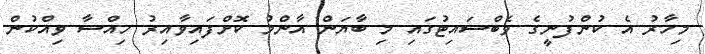
މިހާރު އެ ކުންފުނީގެ ވެބްސައިޓުގައި މި ބާޔަން އާންމު ކޮށްފައިވާއިރު ހިއްސާ ވިއްކުން